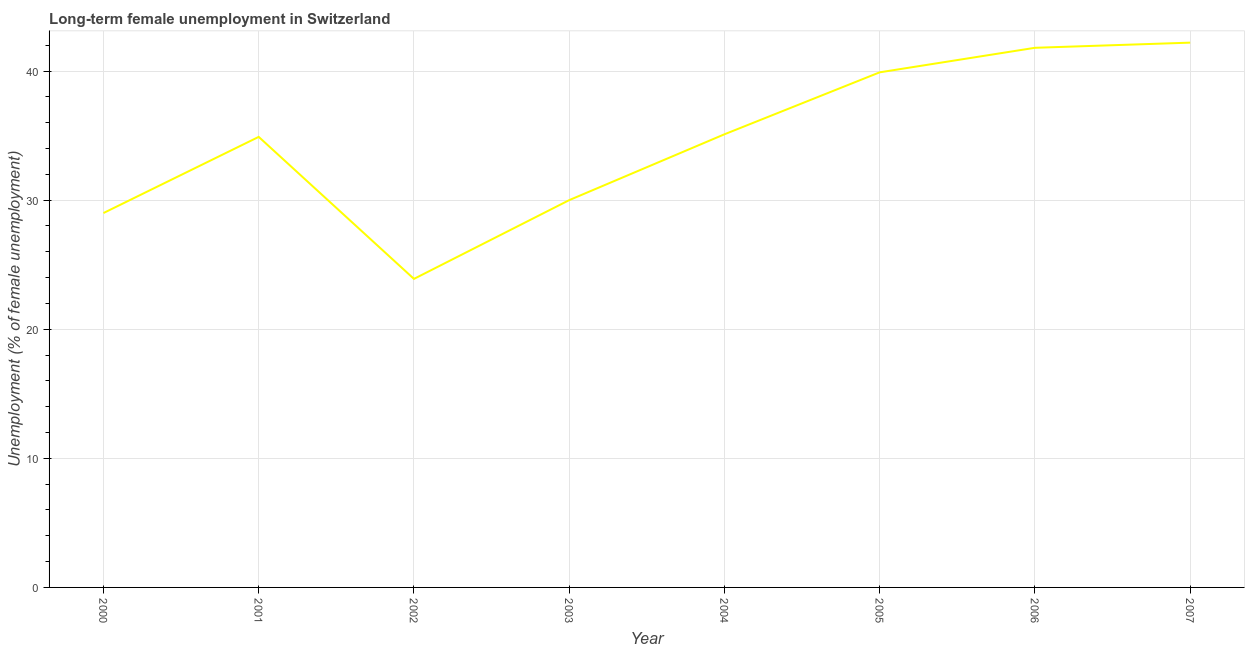
| Year | Long-term unemployment female |
 | --- | --- |
 | 2000 | 29 |
 | 2001 | 34.9 |
 | 2002 | 23.9 |
 | 2003 | 30 |
 | 2004 | 35.1 |
 | 2005 | 39.9 |
 | 2006 | 41.8 |
 | 2007 | 42.2 |